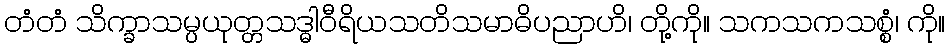
တံတံ သိက္ခာသမ္ပယုတ္တသဒ္ဓါဝီရိယသတိသမာဓိပညာဟိ၊ တို့ကို။ သကသကသစ္စံ၊ ကို။